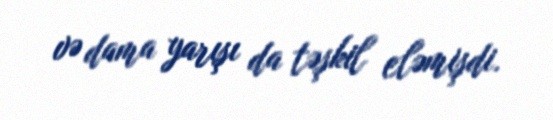
və dama yarışı da təşkil eləmişdi.